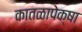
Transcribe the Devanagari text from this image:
कातळापेक्षा